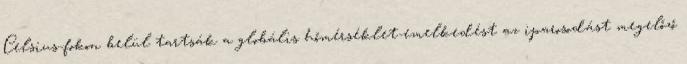
Celsius-fokon belül tartsák a globális hőmérséklet-emelkedést az iparosodást megelőző